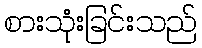
စားသုံးခြင်းသည်